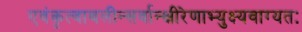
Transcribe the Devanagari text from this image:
एवंकृत्वाबलीन्सर्वान्क्षीरेणाभ्युक्ष्यवाग्यतः